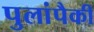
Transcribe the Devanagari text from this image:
पुलांपैकी